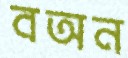
বঅন